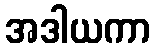
အဒါယကာ